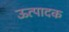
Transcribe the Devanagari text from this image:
ऊत्पादक